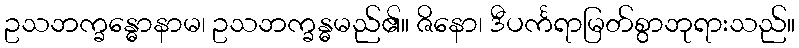
ဥသဘက္ခန္ဓောနာမ၊ ဥသဘက္ခန္ဓမည်၏။ ဇိနော၊ ဒီပင်္ကရာမြတ်စွာဘုရားသည်။